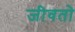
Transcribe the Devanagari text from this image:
जीवतो